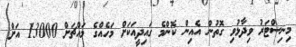
މިނިސްޓަރު ވިދާޅުވި ގޮތުން އެއިން ކޮންމެ ގައިދީއަކަށް މަހެއްގެ މައްޗަށް 13000 އަށް